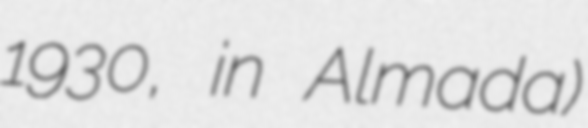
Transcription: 1930, in Almada)